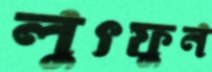
লুৎফুন